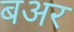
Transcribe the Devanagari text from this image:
बअर